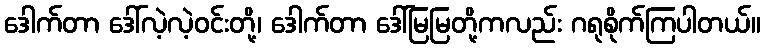
ဒေါက်တာ ဒေါ်လဲ့လဲ့ဝင်းတို့၊ ဒေါက်တာ ဒေါ်မြမြတို့ကလည်း ဂရုစိုက်ကြပါတယ်။